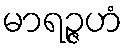
မာရဉ္ဇဟံ